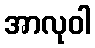
အာလုဝါ